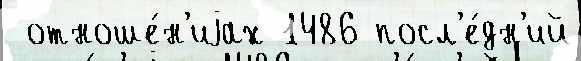
 отноше́н'иjах 1486 посл'е́дн'ий